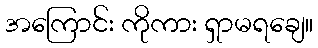
အကြောင်း ကိုကား ရှာမရချေ။